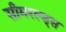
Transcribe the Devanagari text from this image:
सीमरल्ड्स